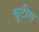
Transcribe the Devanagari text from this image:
बूटीस